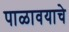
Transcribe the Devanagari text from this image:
पाळावयाचे